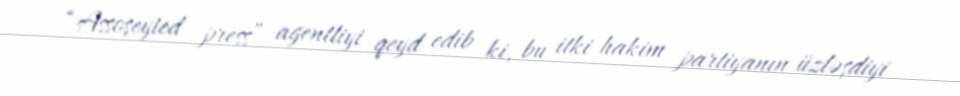
“Assoşeyted press” agentliyi qeyd edib ki, bu itki hakim partiyanın üzləşdiyi